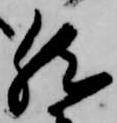
然